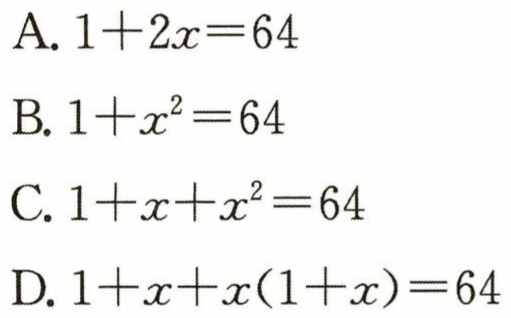
A. \(1 + 2x = 64\)
B. \(1 + x^{2}=64\)
C. \(1 + x + x^{2}=64\)
D. \(1 + x + x(1 + x)=64\)